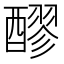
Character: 醪